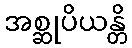
အစ္ဆုပိယန္တိ